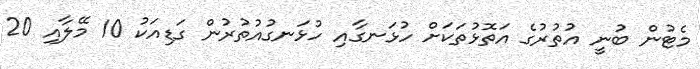
މެޓުން ބުނީ އުތުރުގެ އަތޮޅުތަކަށް ހުޅަނގާއި ހުޅަނގުއުތުރުން ގަޑިއަކު 10 މޭލާއި 20